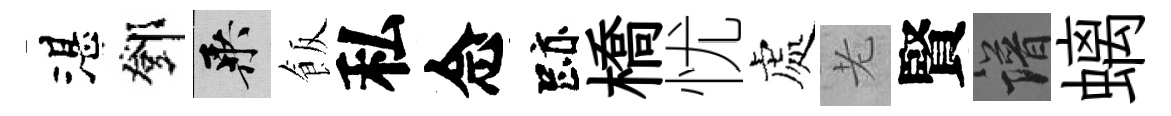
湛鄧乘飯私念跡橋忧處老賢譜螭